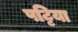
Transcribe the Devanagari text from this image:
पट्टिया